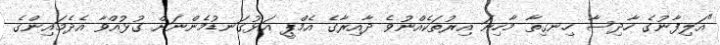
"އަލިފާނުގެ ހާދިސާ ހިނގިތާ މާހިނަ އިރުތަކެއްނުވެ ދާއިރާގެ އެމްޕީ އަޅުގަނޑުމެންނަށް ގުޅުއްވާ އެދެމައިންގެ